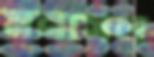
মনসেল